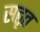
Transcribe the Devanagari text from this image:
सद्वृत